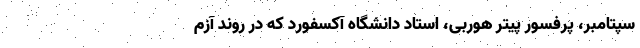
سپتامبر، پرفسور پیتر هوُربی، استاد دانشگاه آکسفورد که در روند آزم